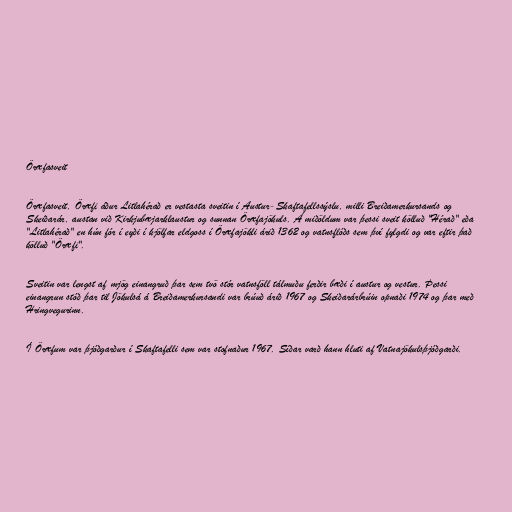
Öræfasveit

Öræfasveit, Öræfi áður Litlahérað er vestasta sveitin í Austur-Skaftafellssýslu, milli Breiðamerkursands og
Skeiðarár, austan við Kirkjubæjarklaustur og sunnan Öræfajökuls. Á miðöldum var þessi sveit kölluð "Hérað" eða
"Litlahérað" en hún fór í eyði í kjölfar eldgoss í Öræfajökli árið 1362 og vatnsflóðs sem því fylgdi og var eftir það
kölluð "Öræfi".

Sveitin var lengst af mjög einangruð þar sem tvö stór vatnsföll tálmuðu ferðir bæði í austur og vestur. Þessi
einangrun stóð þar til Jökulsá á Breiðamerkursandi var brúuð árið 1967 og Skeiðarárbrúin opnaði 1974 og þar með
Hringvegurinn.

Í Öræfum var þjóðgarður í Skaftafelli sem var stofnaður 1967. Síðar varð hann hluti af Vatnajökulsþjóðgarði.